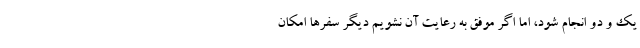
یک و دو انجام شود، اما اگر موفق به رعایت آن نشویم دیگر سفر‌ها امکان